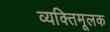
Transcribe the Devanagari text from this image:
व्यक्तिमूलक